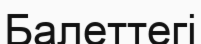
Балеттегі